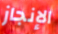
الإنجاز